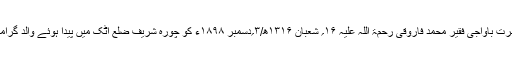
خواجہ محمد شفیع بن خواجہ سید شاہ بن حضرت باواجی فقیر محمد فاروقی رحمۃ اللہ علیہ ۱۶؍ شعبان ۱۳۱۶ھ/۳؍دسمبر ۱۸۹۸ء کو چورہ شریف ضِلع اٹک میں پیدا ہوئے والد گرامی سے علوم ظاہری و باطنی کی تکمیل کی۔